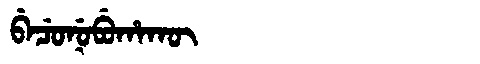
Manchu: ᠪᡝᠴᡠᠨᡠᠪᡠᡥᠠᡴᡡ
Romanization: BECUNUBUHAKŪ